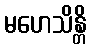
မဟေသိန္တိ